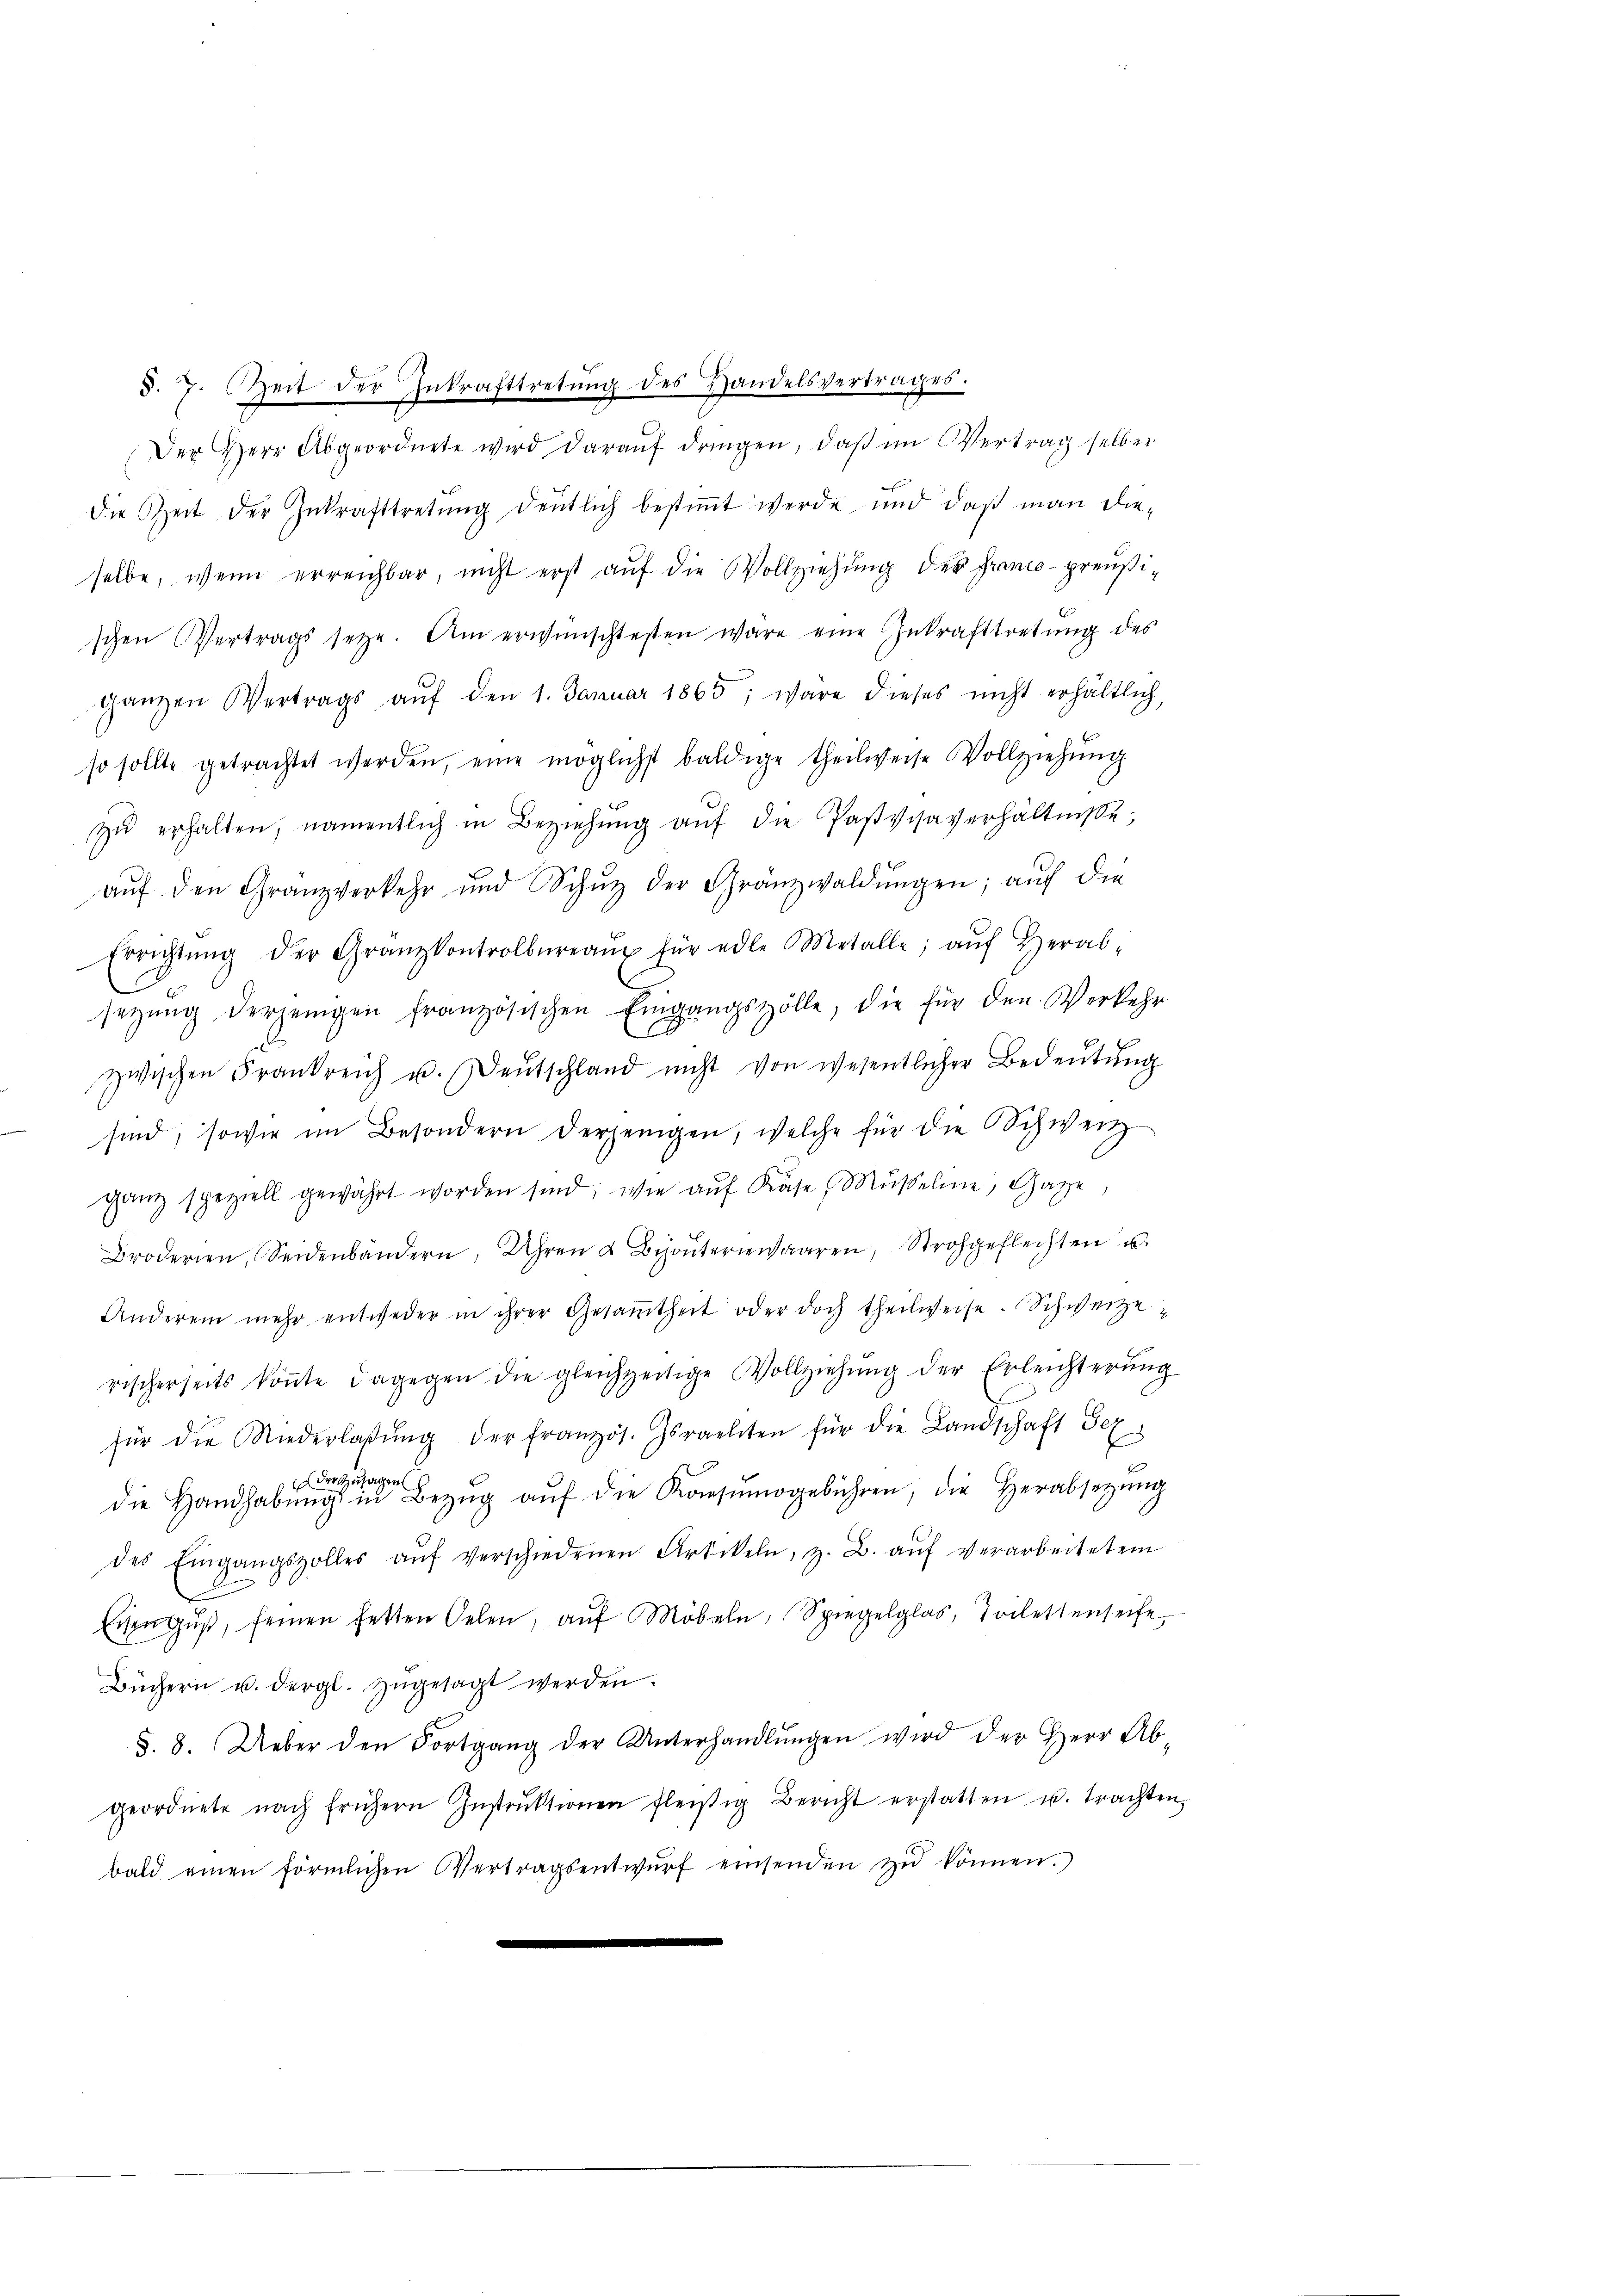
§. 7. Zeit der Inkrafttretŭng des Handelsvertrages.
Der Herr Abgeordnete wird daraŭf dringen, daβ im Vertrag selber
die Zeit der Inkrafttretŭng deutlich bestiṁt werde und daß man die-
selbe, wenn erreichbar, nicht erst auf die Vollziehung des Franco-preußischen Vertrags seye. Am erwünschtesten wäre eine Zukrafttretŭng des
ganzen Vertrags aŭf den 1. Januar 1865, wäre dieses nicht erhältlich,
so sollte getrachtet werden, eine möglichst baldige theilweise Vollziehŭng
zŭ erhalten, namentlich in Beziehŭng aŭf die Pastvisaverhältniße,
aŭf den Granzverkehr und Schŭt der Gränzwaldŭngen; aŭf die
Errichtŭng der Granzkontrolbüreaŭ für edle Metalle; aŭf herab-
setzŭng derjenigen französischen Eingangszölle, die für den Verkehr
zwischen Frankreich u. Deutschland nicht von wesentlicher Bedeutung
sind, sowie im Besondern derjenigen, welche für die Schweiz
ganz speziell gewährt worden sind, wie aŭf Käse, Mŭsele, Gaze
Broderien, Seidenbändern, Uhren & Benterwaaren, Strohgeflechten u.
Anderem mehr entweder in ihrer Gesaṁtheit oder doch theilweise. Schweizerischerseits könnte dagegen die gleichzeitige Vollziehŭng der Erleichterŭng
für die Niederlaβŭng der französ. Israeliten für die Landschaft Bez
der Zusagen
die Handhabŭng in Bezŭg aŭf die Konsŭmogebühren, die Herabsetzŭng
des Eingangszolles aŭf verschiedenen Artikeln, z. B. aŭf verarbeitetem
Eiengŭβ, feinen hetten Oelen, aŭf Möbeln, Spiegelglas, Toilettenseife
Büchern u. dergl. zugesagt werden.
§. 8. Ueber den Fortgang der Unterhandlŭngen wird der Herr Ab
geordnete nach frühern Instrŭktionen fleißig Bericht erstatten u. trachten
bald einen förmlichen Vertragsentwŭrf einsenden zŭ können.